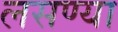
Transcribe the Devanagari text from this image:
लसण्या